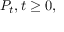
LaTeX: P _ { t } , t \geq 0 ,